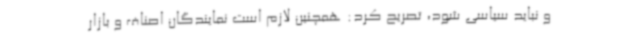
و نباید سیاسی شود، تصریح کرد: همچنین لازم است نمایندگان اصناف و بازار